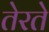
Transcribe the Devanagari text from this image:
तेरते